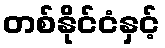
တစ်နိုင်ငံနှင့်